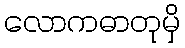
လောကဓာတုမှိ